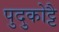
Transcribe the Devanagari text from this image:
पुदुकोट्टै